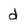
Character: d